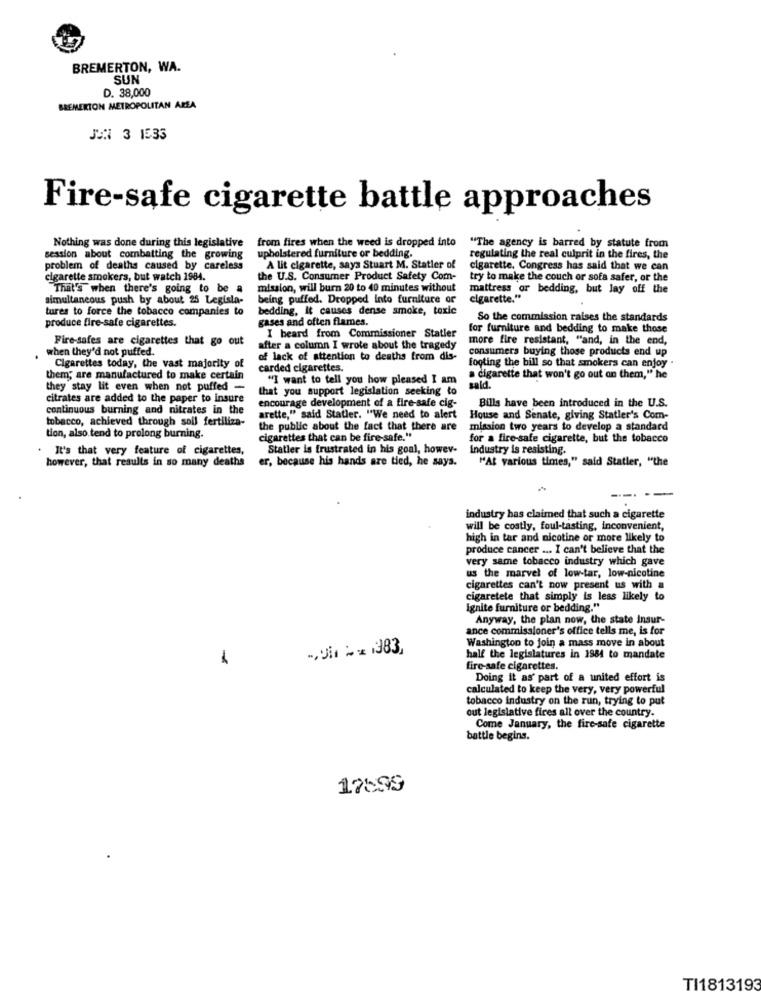
BREMERTON, WA.
SUN
D. 38,000
BREMERTON METROPOLITAN AREA
JAN 3 1533
Fire-safe cigarette battle approaches
Nothing was done during this legislative
from fires when the weed is dropped into
"The agency is barred by statute from
session about combatting the growing
upholstered furniture or bedding.
regulating the real culprit in the fires, the
problem of deaths caused by careless
A lit cigarette, says Stuart M. Statler of
cigarette. Congress has said that we can
cigarette smokers, but watch 1984.
the U.S. Consumer Product Safety Com-
try to make the couch or sofa safer, or the
That's when there's going to be a
mission, will burn 20 to 40 minutes without
mattress or bedding, but lay off the
simultaneous push by about 25 Legisla-
being puffed. Dropped Into furniture or
cigarette."
tures to force the tobacco companies to
bedding, it causes dense smoke, toxic
gases and often flames.
So the commission raises the standards
produce fire-safe cigarettes.
I beard from Commissioner Statler
for furniture and bedding to make those
Fire-safes are cigarettes that go out
more fire resistant, "and, in the end,
when they'd not puffed.
after a column I wrote about the tragedy
consumers buying those products end up
of lack of attention to deaths from dis-
Cigarettes today, the vast majority of
carded cigarettes.
footing the bill so that smokers can enjoy .
them; are manufactured to make certain
"I want to tell you how pleased I am
a cigarette that won't go out an them," he
they stay lit even when not puffed -
that you support legislation seeking to
sald.
citrates are added to the paper to insure
encourage development of a fire-safe cig-
continuous burning and nitrates in the
Bills have been introduced in the U.S.
tobacco, achieved through soll fertiliza-
arette," said Statler. "We need to alert
House and Senate, giving Statler's Com-
the public about the fact that there are
mission two years to develop a standard
tion, also tend to prolong burning.
cigarettes that can be fire-safe."
for a fire-safe cigarette, but the tobacco
It's that very feature of cigarettes,
Statler is frustrated in his goal, howev-
industry is resisting.
however, that results in so many deaths
er, because his hands are tied, he says.
"At various times," said Statler, "the
industry has claimed that such a cigarette
will be costly, foul-tasting, inconvenient,
high in tar and nicotine or more likely to
produce cancer .... I can't believe that the
very same tobacco industry which gave
us the marvel of low-tar, low-nicotine
cigarettes can't now present us with a
cigaretete that simply is less likely to
Ignite furniture or bedding."
Anyway, the plan now, the state Insur-
ance commissioner's office tells me, is for
Washington to join a mass move in about
1
half the legislatures in 1984 to mandate
fire-safe cigarettes.
Doing it as' part of a united effort is
calculated to keep the very, very powerful
tobacco industry on the run, trying to put
out legislative fires all over the country.
Come January, the fire-safe cigarette
battle begins.
17899
TI1813193